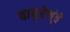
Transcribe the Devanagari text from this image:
वायुरेणूंचे